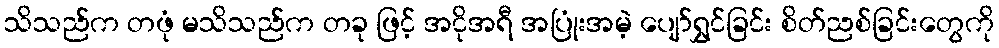
သိသည်က တဖုံ မသိသည်က တခု ဖြင့် အငိုအရီ အပြုံးအမဲ့ ပျော်ရွှင်ခြင်း စိတ်ညစ်ခြင်းတွေကို